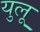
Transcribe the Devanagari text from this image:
युलू